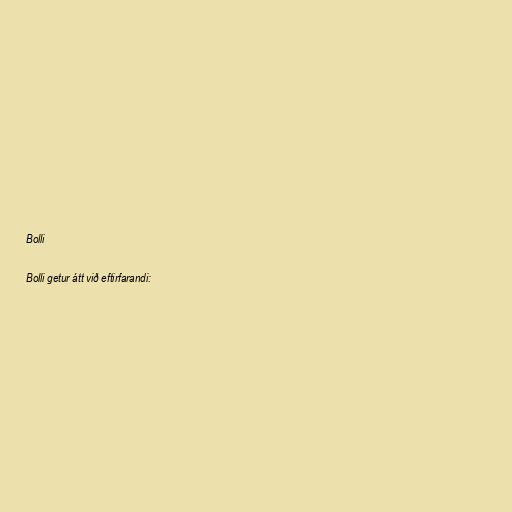
Bolli

Bolli getur átt við eftirfarandi: